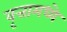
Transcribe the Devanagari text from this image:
वृत्तामध्ये